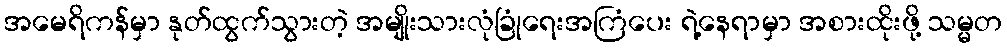
အမေရိကန်မှာ နုတ်ထွက်သွားတဲ့ အမျိုးသားလုံခြုံရေးအကြံပေး ရဲ့နေရာမှာ အစားထိုးဖို့ သမ္မတ